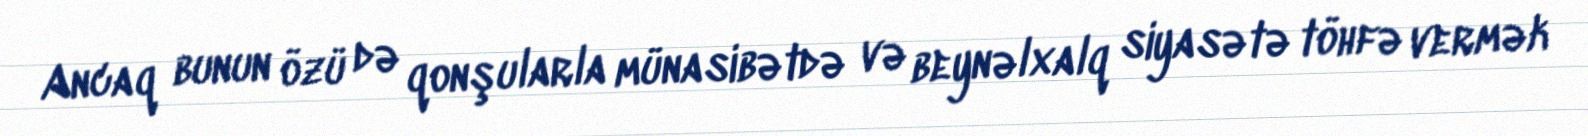
Ancaq bunun özü də qonşularla münasibətdə və beynəlxalq siyasətə töhfə vermək